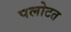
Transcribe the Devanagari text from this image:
पलोटत